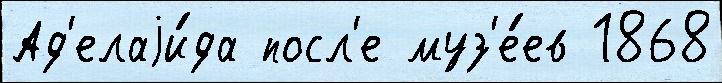
Ад'елаjи́да посл'е муз'е́ев 1868